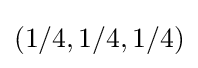
(1/4,1/4,1/4)